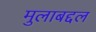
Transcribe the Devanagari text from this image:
मुलाबद्दल